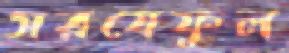
সরষেফুল